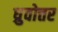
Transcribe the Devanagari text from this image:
ध्रुवोत्तर